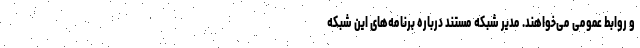
و روابط عمومی می‌خواهند. مدیر شبکه مستند درباره برنامه‌های این شبکه